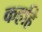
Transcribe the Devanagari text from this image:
कहहि